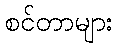
စင်တာများ